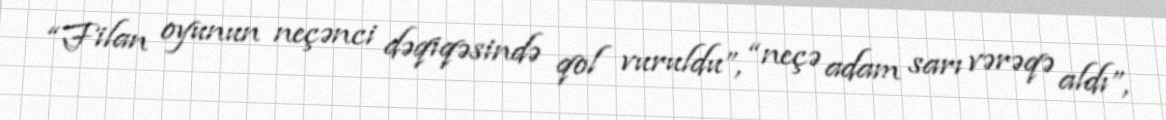
“Filan oyunun neçənci dəqiqəsində qol vuruldu”, “neçə adam sarı vərəqə aldı”,